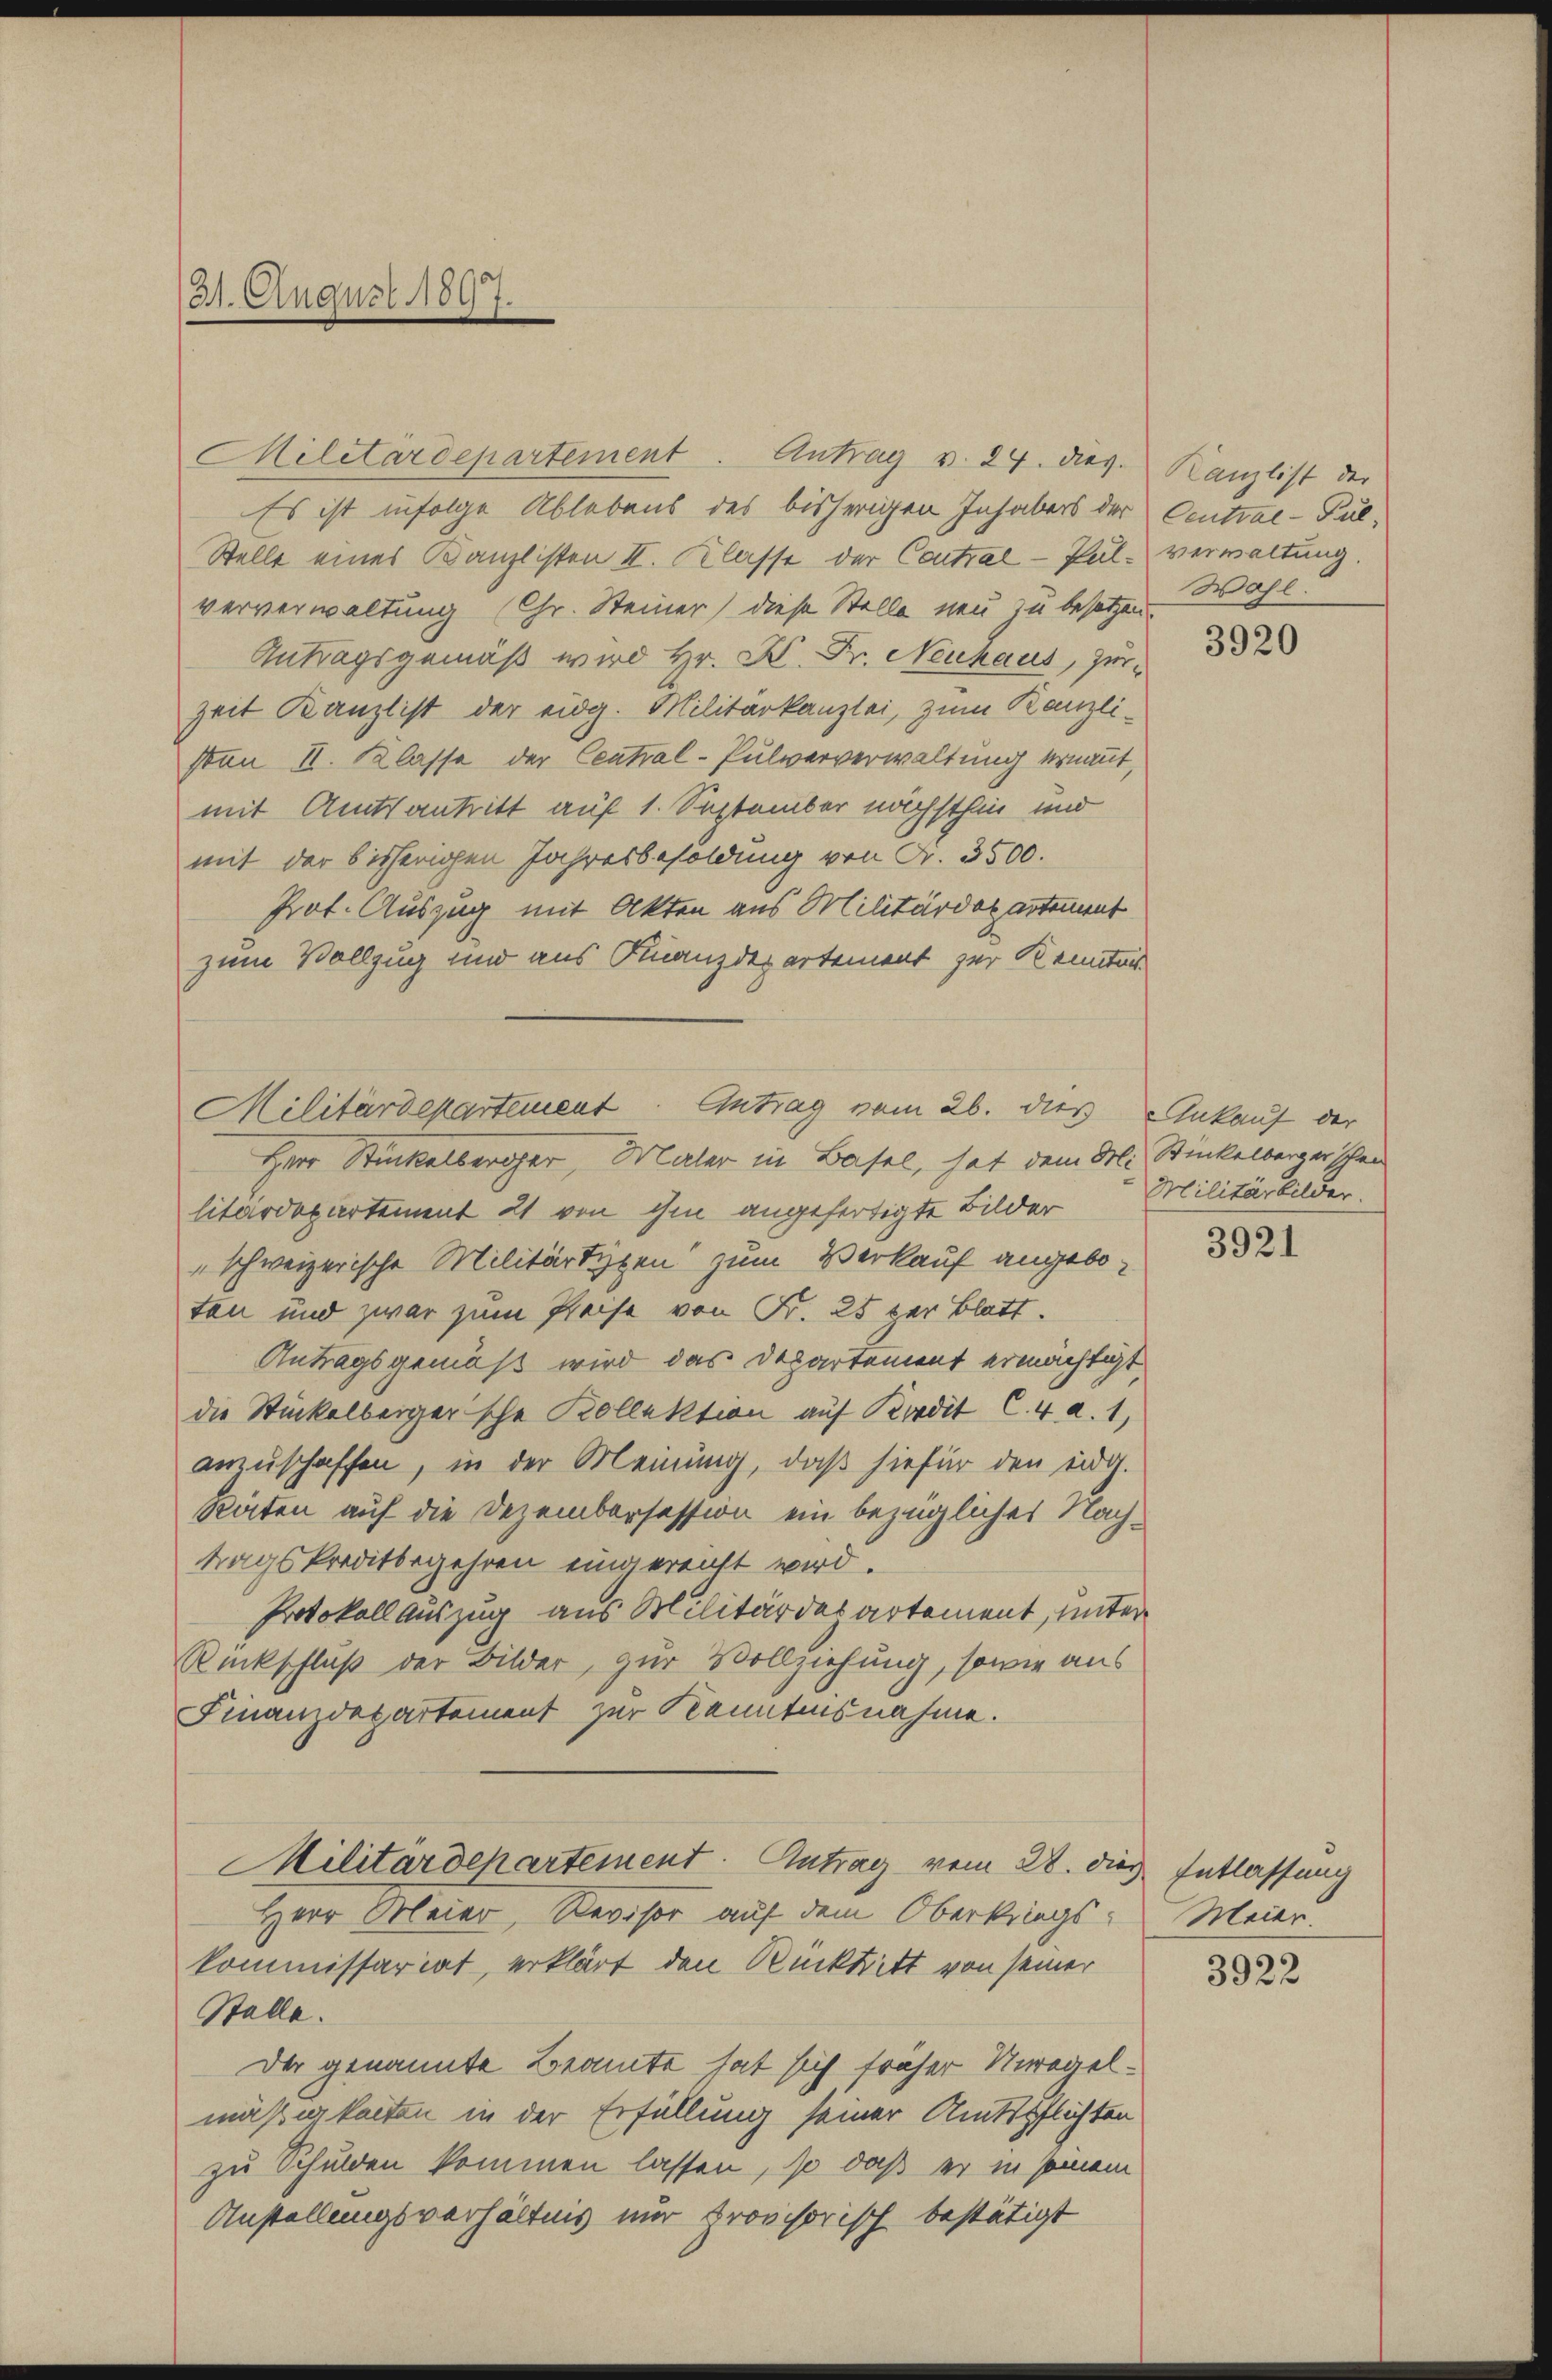
31. August 1897.

Es ist infolge Ablebens des bisherigen Inhabers der Central-Pul¬
Stelle eines Kanzlisten II. Klasse der Contral - Pulverwaltung.
ververwaltung (Chr. Steiner diese Stelle neu zu besetzen.
Antragsgemäß wird Hr. K. Fr. Neuhaus, zur
Zeit Kanzlist der eidg. Militärkanzlei, zum Kanzlivon II. Klasse der Central-Pulververwaltung ernannt,
mit Amtsantritt auf 1. September nächsthin und
mit der bisherigen Jahresbesoldung von Fr. 3500.
Prot. Auszug mit Akten aus Militärdepartement
zum Vollzug und aus Finanzdepartement zur Kenntnis

Militärdepartement. Antrag v. 29. dies

Militärdepartement Antrag vom 26. dies Ankauf der
Herr Stückelberger, Maler in Basel, hat dem M. Stickelberger schon

litärdepartement 21 von ihm angefertigte Bilder Militärbilder
„schweizerische Militärtigen zum Verkauf angeboten und zwar zum Preise von Fr. 25 per Blatt.
Antragsgemäß wird das Departement ermächtigt,
die Stückelberger'sche Kollektion auf Kredit C. 4. a. 1,
anzuschaffen, in der Meinung, daß hiefür den eidg.
Räten auf die Dezembersession ein bezügliches Nachtragskreditbegehren eingereicht wird.
Protokoll Auszug aus Militärdepartement, unter
Rückschluß der Bilder, zur Vollziehung, sowie aus
Finanzdepartement zur Kenntnisnahme.
Militärdepartement. Antrag vom 28. dies Entlassung
Herr Meier, Revisor auf dem Oberkriegs-Meier.
kommissariat, erklärt den Rücktritt von seiner
Stelle.
Der genannte Beamte hat sich früher Unregelmäßigkeiten in der Erfüllung seiner Amtspflichten
zu Schulden kommen lassen, so daß er in seinem
Anstellungsverhältnis nur provisorisch bestätigt

Kanzlist der
Wahl.

3920

3921

3922